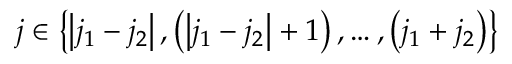
j \in \left\{ \left| j _ { 1 } - j _ { 2 } \right| , \left( \left| j _ { 1 } - j _ { 2 } \right| + 1 \right) , \ldots , \left( j _ { 1 } + j _ { 2 } \right) \right\}